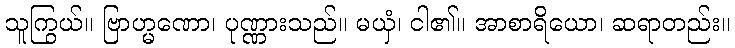
သူကြွယ်။ ဗြာဟ္မဏော၊ ပုဏ္ဏားသည်။ မယှံ၊ ငါ၏။ အာစာရိယော၊ ဆရာတည်း။